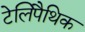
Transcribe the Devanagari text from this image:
टेलिपैथिक